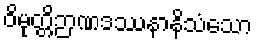
ဝိမုတ္တိဉာဏဒဿနာနိသံသော